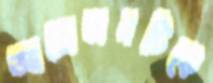
আয়োজনটিকে